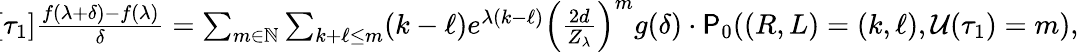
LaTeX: \begin{array}{r}{\! \left[\tau_{1}\right]\frac{f(\lambda+\delta)-f(\lambda)}{\delta}=\sum_{m\in\mathbb{N}}\sum_{k+\ell\leq m}(k-\ell)e^{\lambda(k-\ell)}\left(\frac{2d}{Z_{\lambda}}\right)^{m}g(\delta)\cdot\P_{0}((R,L)=(k,\ell),\mathcal{U}(\tau_{1})=m),}\end{array}